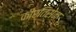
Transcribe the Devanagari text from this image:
कीर्तिसेन